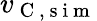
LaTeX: v_{\mathrm{~C~},\mathrm{~s~i~m~}}